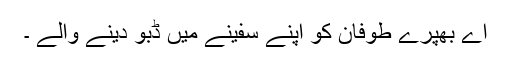
اے بھپرے طوفان کو اپنے سفینے میں ڈبو دینے والے ۔